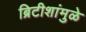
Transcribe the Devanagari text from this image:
ब्रिटीशांमुळे